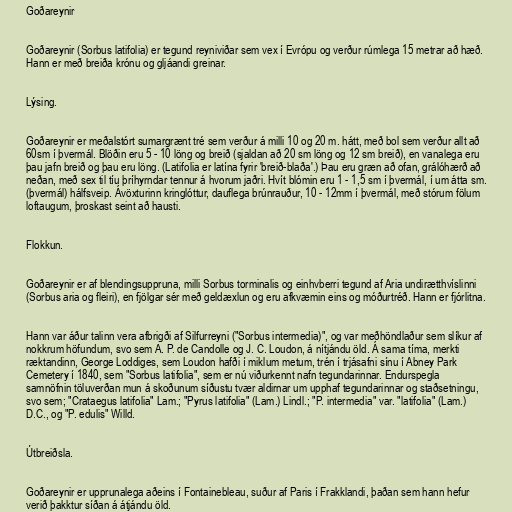
Goðareynir

Goðareynir (Sorbus latifolia) er tegund reyniviðar sem vex í Evrópu og verður rúmlega 15 metrar að hæð.
Hann er með breiða krónu og gljáandi greinar.

Lýsing.

Goðareynir er meðalstórt sumargrænt tré sem verður á milli 10 og 20 m. hátt, með bol sem verður allt að
60sm í þvermál. Blöðin eru 5 - 10 löng og breið (sjaldan að 20 sm löng og 12 sm breið), en vanalega eru
þau jafn breið og þau eru löng. (Latifolia er latína fyrir 'breið-blaða'.) Þau eru græn að ofan, grálóhærð að
neðan, með sex til tíu þríhyrndar tennur á hvorum jaðri. Hvít blómin eru 1 - 1,5 sm í þvermál, í um átta sm.
(þvermál) hálfsveip. Ávöxturinn kringlóttur, dauflega brúnrauður, 10 - 12mm í þvermál, með stórum fölum
loftaugum, þroskast seint að hausti.

Flokkun.

Goðareynir er af blendingsuppruna, milli Sorbus torminalis og einhvberri tegund af Aria undirætthvíslinni
(Sorbus aria og fleiri), en fjölgar sér með geldæxlun og eru afkvæmin eins og móðurtréð. Hann er fjórlitna.

Hann var áður talinn vera afbrigði af Silfurreyni ("Sorbus intermedia)", og var meðhöndlaður sem slíkur af
nokkrum höfundum, svo sem A. P. de Candolle og J. C. Loudon, á nítjándu öld. Á sama tíma, merkti
ræktandinn, George Loddiges, sem Loudon hafði í miklum metum, trén í trjásafni sínu í Abney Park
Cemetery í 1840, sem "Sorbus latifolia", sem er nú viðurkennt nafn tegundarinnar. Endurspegla
samnöfnin töluverðan mun á skoðunum síðustu tvær aldirnar um upphaf tegundarinnar og staðsetningu,
svo sem; "Crataegus latifolia" Lam.; "Pyrus latifolia" (Lam.) Lindl.; "P. intermedia" var. "latifolia" (Lam.)
D.C., og "P. edulis" Willd.

Útbreiðsla.

Goðareynir er upprunalega aðeins í Fontainebleau, suður af Paris í Frakklandi, þaðan sem hann hefur
verið þakktur síðan á átjándu öld.